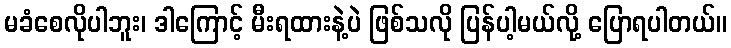
မခံစေလိုပါဘူး၊ ဒါကြောင့် မီးရထားနဲ့ပဲ ဖြစ်သလို ပြန်ပါ့မယ်လို့ ပြောရပါတယ်။